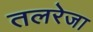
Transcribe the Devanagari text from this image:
तलरेजा